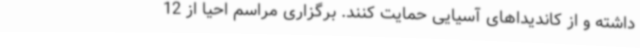
داشته و از کاندیداهای آسیایی حمایت کنند. برگزاری مراسم احیا از 12